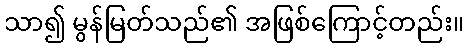
သာ၍ မွန်မြတ်သည်၏ အဖြစ်ကြောင့်တည်း။